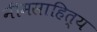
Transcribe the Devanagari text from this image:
नीमसाहित्य